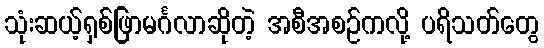
သုံးဆယ့်ရှစ်ဖြာမင်္ဂလာဆိုတဲ့ အစီအစဉ်ကလို့ ပရိသတ်တွေ